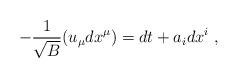
LaTeX: \begin{align*}-{1 \over \sqrt{B}}(u_\mu dx^\mu)=dt+a_idx^i~,\end{align*}